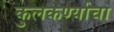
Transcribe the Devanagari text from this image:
कुलकर्ण्याचा